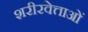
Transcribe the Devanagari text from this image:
शरीरवेत्ताओं